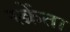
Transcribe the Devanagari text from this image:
स्क्रेंता